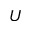
U